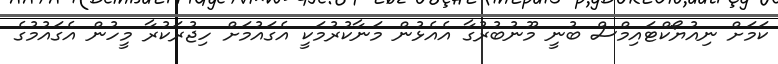
ކަމަށް ނިއުޔޯކްޓައިމްސް ބުނީ މޫނުބުރުގާ އެއެޅުން މަނާކުރުމަކީ އެގައުމަށް ހިޖުރަކުރާ މީހުން އެގައުމުގެ